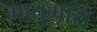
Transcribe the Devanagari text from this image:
मातुगारा